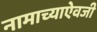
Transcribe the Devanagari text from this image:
नामाच्याऐवजी